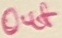
Text: Out